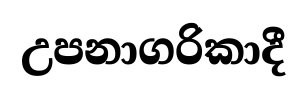
උපනාගරිකාදී